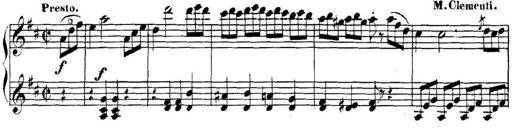
Title: Collected Piano Sonatas
Composer: Muzio Clementi